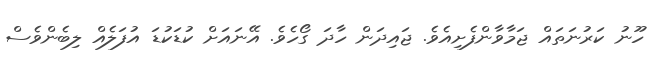
ހޫނު ކަރުނަތައް ޖަމާވާންފެށިއެވެ. ޖައިދަން ހާދަ ގޯހެވެ. އޭނައަށް ކުޑަކުޑަ އުފަލެއް ލިބެންވެސް